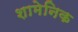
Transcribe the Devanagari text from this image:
शामेनिक